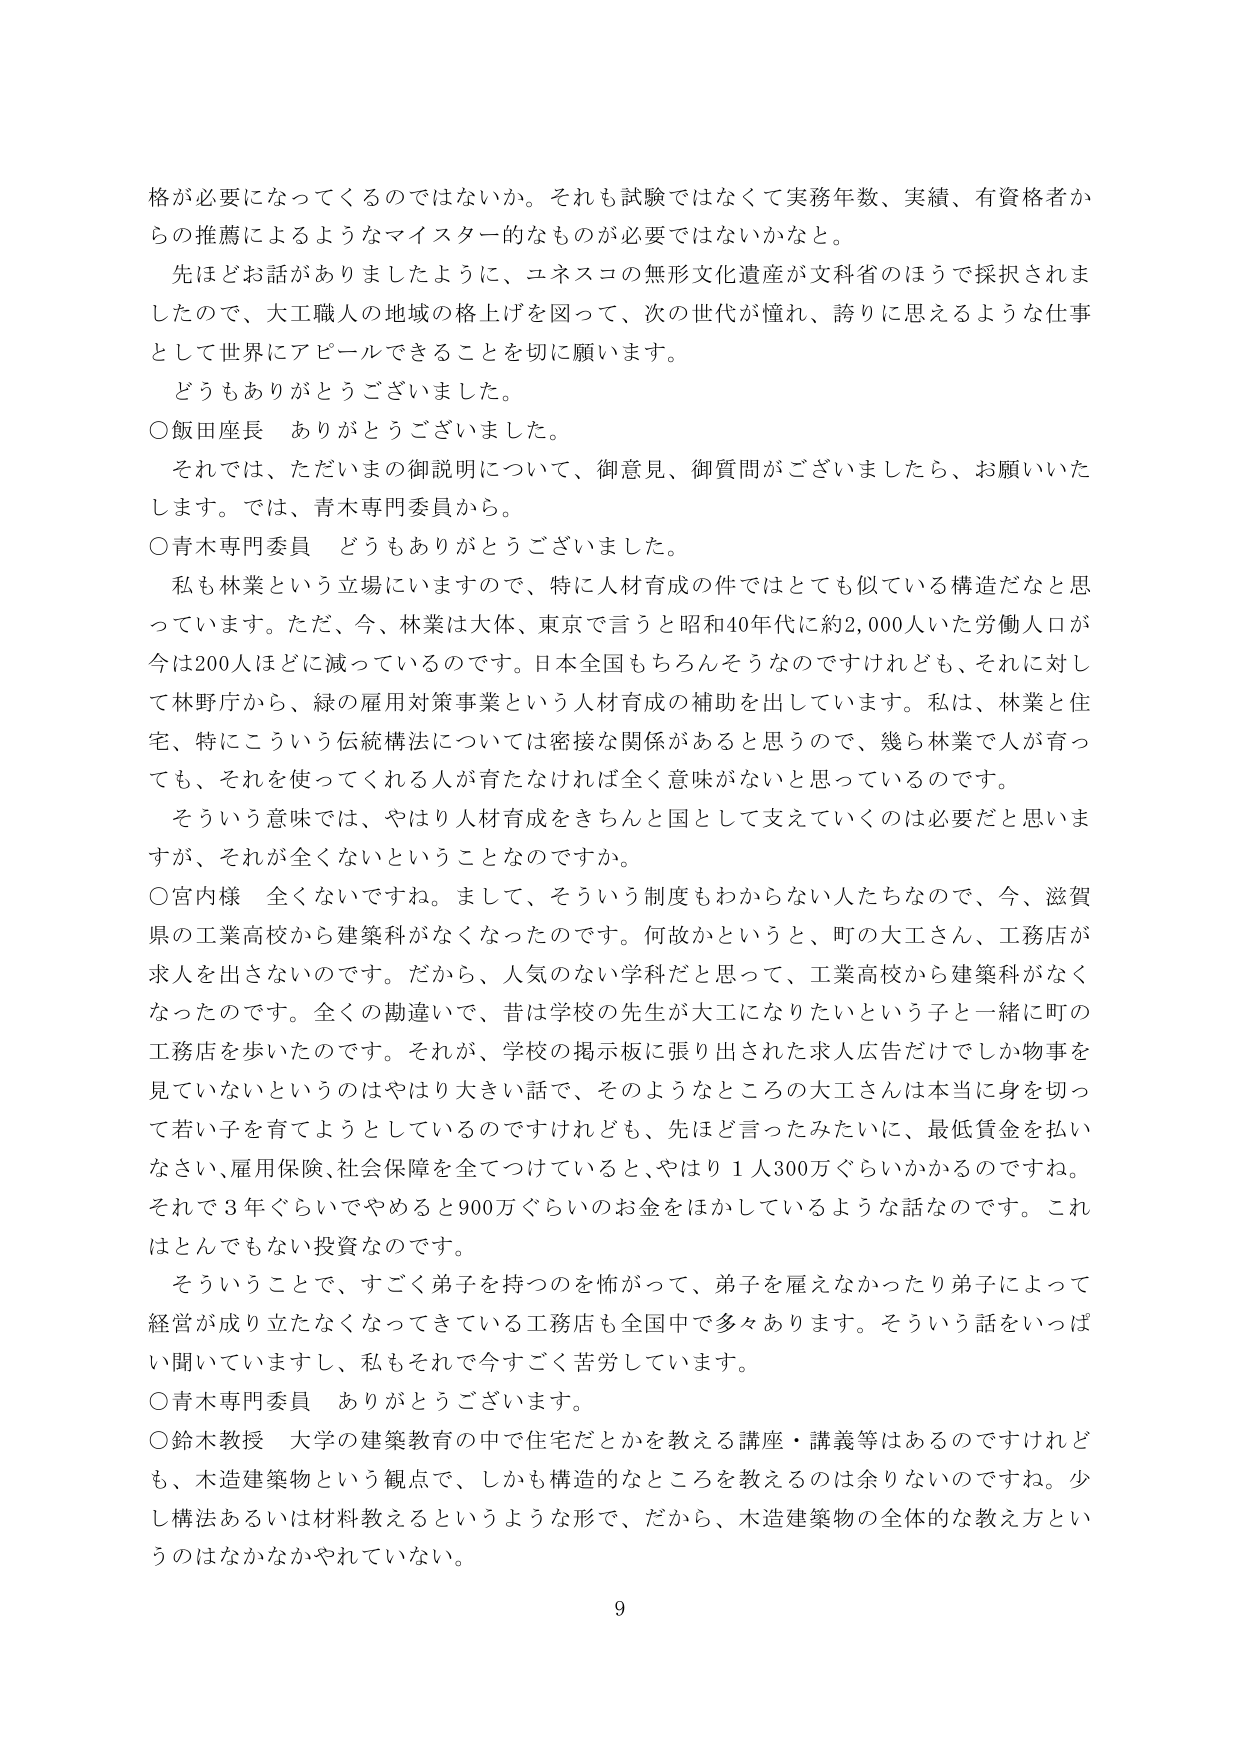
格が必要になってくるのではないか。それも試験ではなくて実務年数、実績、有資格者からの推薦によるようなマイスター的なものが必要ではないかなと。

先ほどお話がありましたように、ユネスコの無形文化遺産が文科省のほうで採択されましたので、大工職人の地域の格上げを図って、次の世代が憧れ、誇りに思えるような仕事として世界にアピールできることを切に願います。

どうもありがとうございました。

○飯田座長　ありがとうございます。

それでは、ただいまの御説明について、御意見、御質問がございましたら、お願いいたします。では、青木専門委員から。

○青木専門委員　どうもありがとうございました。

私も林業という立場にいますので、特に人材育成の件ではとても似ている構造だなと思っています。ただ、今、林業は大体、東京で言うと昭和40年代に約2,000人いた労働人口が今は200人ほどに減っているのです。日本全国もちろんそうなのですが、それに対して林野庁から、緑の雇用対策事業という人材育成の補助を出しています。私は、林業と住宅、特にこういう伝統構法については密接な関係があると思うので、幾ら林業で人が育っても、それを使ってくれる人が育たなければ全く意味がないと思っているのです。

そういう意味では、やはり人材育成をきちんと国として支えていくのは必要だと思いますが、それが全くないということなのでしょうか。

○宮内様　全くないです。まして、そういう制度もわからない人たちなので、今、滋賀県の工業高校から建築科がなくなったのです。何故かというと、町の大工さん、工務店が求人を出さないのです。だから、人気のない学科だと思って、工業高校から建築科がなくなったのです。全くの勘違いで、昔は学校の先生が大工になりたいという子と一緒に町の工務店を歩いたのです。それが、学校の掲示板に張り出された求人広告だけでしょうか物事を見ていないというのはやはり大きい話で、そのようなところの大工さんは本当に身を切って若い子を育てようとしているのですけれども、先ほど言ったみたいに、最低賃金を払いなさい、雇用保険、社会保障を全てつけていると、やはり1人300万ぐらいかかるのですね。それで3年ぐらいでやめると900万ぐらいのお金をはかしているような話なのです。これはとんでもない投資なのです。

そういうことで、すごく弟子を持つのが怖がって、弟子を雇えなかったり弟子によって経営が成り立たなくなってきたている工務店も全国中で多くあります。そういう話をいっぱい聞いていますし、私もそれで今すごく苦労しています。

○青木専門委員　ありがとうございます。

○鈴木教授　大学の建築教育の中で住宅だとかを教える講座・講義等はあるのですけれども、木造建築物という観点で、しかも構造的なところを教えるのは余りないのですね。少し構法あるいは材料教えるというような形で、だから、木造建築物の全体的な教え方というのはなかなかされていない。

9